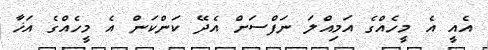
އެއީ އެ މީހެއްގެ އަމިއްލަ ނަފްސަށް އެދޭ ކަންކަން އެ މީހެއްގެ އަޚާ